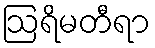
ဩရိမတီရာ